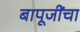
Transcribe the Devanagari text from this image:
बापूजींचा